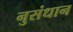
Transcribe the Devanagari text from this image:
नुसंधान